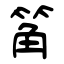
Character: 䇶